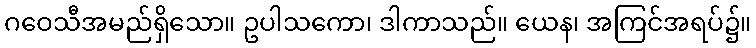
ဂဝေသီအမည်ရှိသော။ ဥပါသကော၊ ဒါကာသည်။ ယေန၊ အကြင်အရပ်၌။